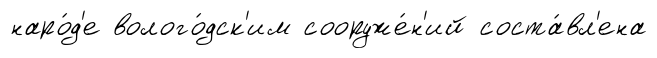
наро́д'е волого́дск'им сооруже́н'ий соста́вл'ена